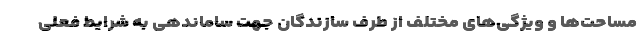
مساحت‌ها و ویژگی‌های مختلف از طرف سازندگان جهت ساماندهی به شرایط فعلی